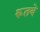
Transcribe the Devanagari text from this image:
रूतबे